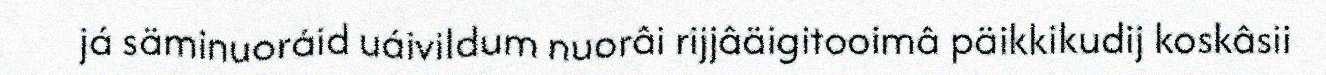
já säminuoráid uáivildum nuorâi rijjâäigitooimâ päikkikudij koskâsii